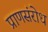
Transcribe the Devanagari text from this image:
प्राणसंरोध